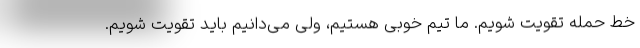
خط حمله تقویت شویم. ما تیم خوبی هستیم، ولی می‌دانیم باید تقویت شویم.